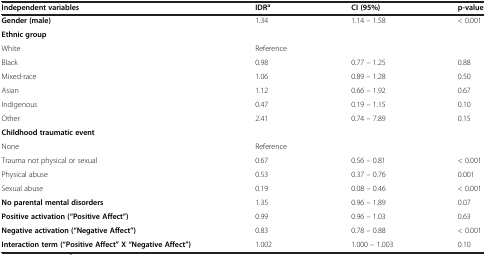
<table><thead><tr><td><b>Independent variables</b></td><td><b>IDR<sup>a</sup></b></td><td><b>CI (95%)</b></td><td><b>p-value</b></td></tr></thead><tbody><tr><td><b>Gender (male)</b></td><td>1.34</td><td>1.14 – 1.58</td><td>&lt; 0.001</td></tr><tr><td><b>Ethnic group</b></td><td></td><td></td><td></td></tr><tr><td>White</td><td>Reference</td><td></td><td></td></tr><tr><td>Black</td><td>0.98</td><td>0.77 – 1.25</td><td>0.88</td></tr><tr><td>Mixed-race</td><td>1.06</td><td>0.89 – 1.28</td><td>0.50</td></tr><tr><td>Asian</td><td>1.12</td><td>0.66 – 1.92</td><td>0.67</td></tr><tr><td>Indigenous</td><td>0.47</td><td>0.19 – 1.15</td><td>0.10</td></tr><tr><td>Other</td><td>2.41</td><td>0.74 – 7.89</td><td>0.15</td></tr><tr><td><b>Childhood traumatic event</b></td><td></td><td></td><td></td></tr><tr><td>None</td><td>Reference</td><td></td><td></td></tr><tr><td>Trauma not physical or sexual</td><td>0.67</td><td>0.56 – 0.81</td><td>&lt; 0.001</td></tr><tr><td>Physical abuse</td><td>0.53</td><td>0.37 – 0.76</td><td>0.001</td></tr><tr><td>Sexual abuse</td><td>0.19</td><td>0.08 – 0.46</td><td>&lt; 0.001</td></tr><tr><td><b>No parental mental disorders</b></td><td>1.35</td><td>0.96 – 1.89</td><td>0.07</td></tr><tr><td><b>Positive activation (“Positive Affect”)</b></td><td>0.99</td><td>0.96 – 1.03</td><td>0.63</td></tr><tr><td><b>Negative activation (“Negative Affect”)</b></td><td>0.83</td><td>0.78 – 0.88</td><td>&lt; 0.001</td></tr><tr><td><b>Interaction term (“Positive Affect” X “Negative Affect”)</b></td><td>1.002</td><td>1.000 – 1.003</td><td>0.10</td></tr></tbody></table>